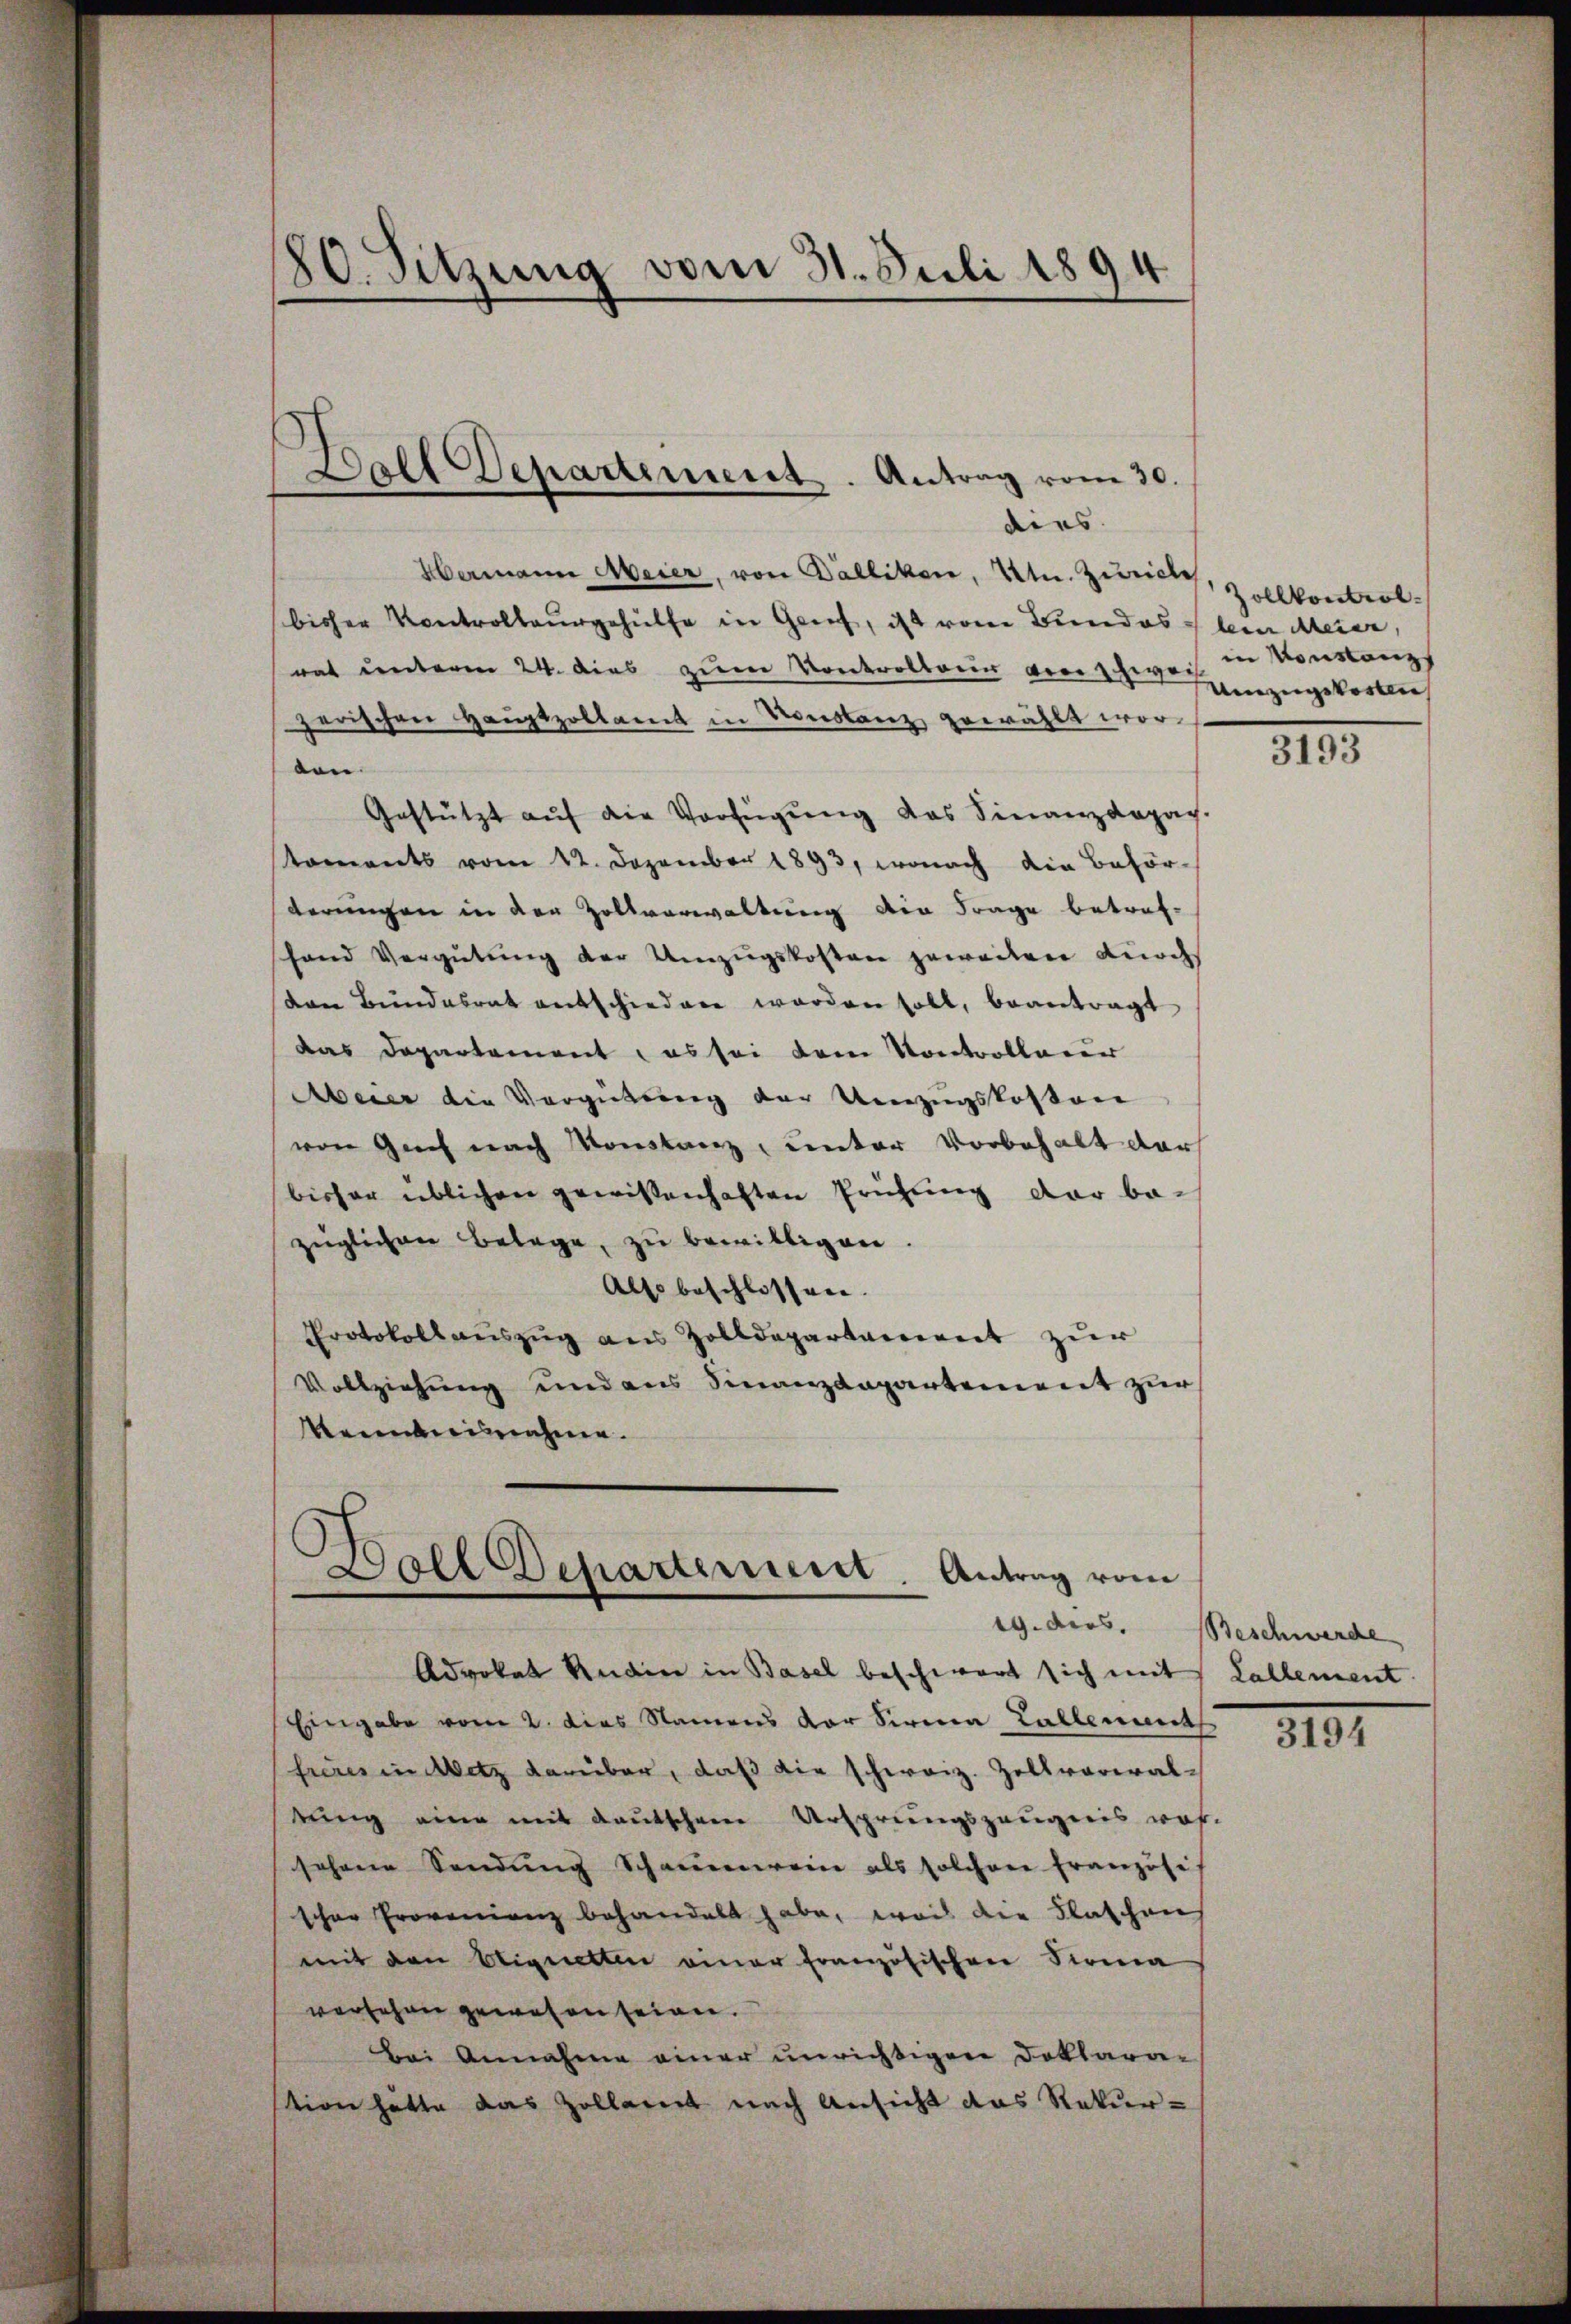
180. Sitzung vom 31. Juli 1894

dies
Hermann Meier, von Dälliken, Ktn. Zürich
bisher Kontrollausgehülfe in Geif, ist vom Bundes Klein Meier,
rat unterm 24. dies zum Kontrolbauer vor schweiz in Konstanzs
herischen Haŭptzollamt in Vorstanz gewählt worvon
Gestützt aŭf die Verfügŭng das Finanzdepach.
koments vom 12. Dezember 1893, wonach die Behörderungen in der Zollverwaltung die Frage betref-
fand Vergütung der Umzugskosten geweilen durch
von Bundesrat entschieden worden soll, beantragt
das Departement, es sei dem Kontrollacur
Abeier die Vergütung der Umzugskosten
von Gerich nach Konstanz, unter Vorbehalt dar
bisher üblichen gewissenhaften Prüfung der be-
zeglichen Belage, zu bewilligen
Also beschlossen.
Protokollauszug aus Zolldepartament zur
Vollziehung und aus Finanzdepartement zur
Kemnisnahme.

Ball Departement. Antrag vom 30.

Ball Departement. Antrag vom
Advokat Rain in Basel beschwert sich mit

Zollkontrol.
Umzugskosten

Eingabe vom 2. dies Namens der Sirnen Fallent
freres in Metz darüber, daß die schweiz. Zollverwaltung eine mit deutschen Ursprungszeugnis woh-
sehene Sendung Schauereine als solchen Französi-
schen Provenienz behandelt habe, weis die Flaschen
mit den beignetten einer französischen Stra
versehen gewesen seien.
Bei Annahme einer unrichtigen Deklarer
tion hätte das Zollarirt nach Ansicht das Rekur¬

3193

19. ders. Beschwerde
Lallement

3194